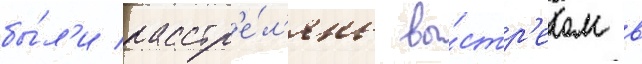
бы́л'и расстр'е́л'яны вы́стр'елом в